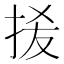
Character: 𭠮